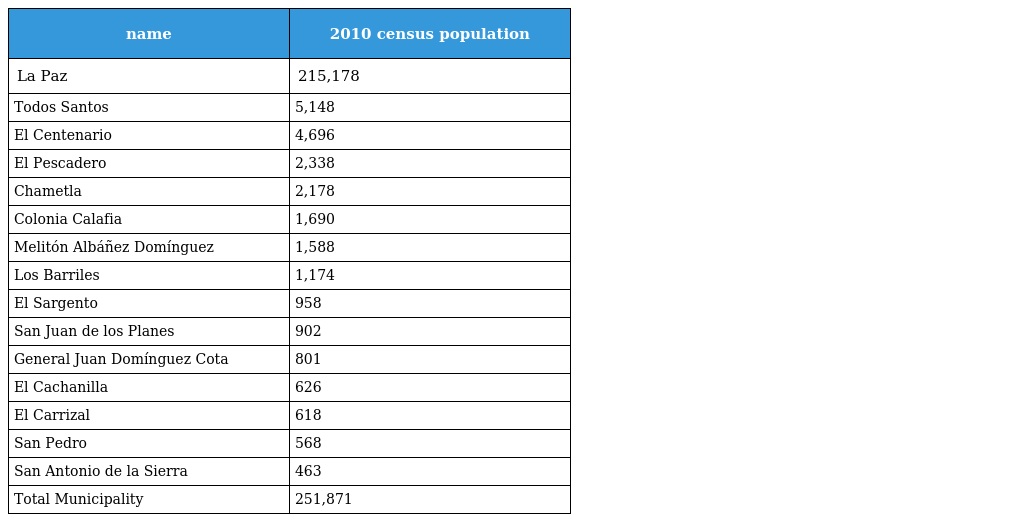
| name | 2010 census population |
 | --- | --- |
 | La Paz | 215,178 |
 | Todos Santos | 5,148 |
 | El Centenario | 4,696 |
 | El Pescadero | 2,338 |
 | Chametla | 2,178 |
 | Colonia Calafia | 1,690 |
 | Melitón Albáñez Domínguez | 1,588 |
 | Los Barriles | 1,174 |
 | El Sargento | 958 |
 | San Juan de los Planes | 902 |
 | General Juan Domínguez Cota | 801 |
 | El Cachanilla | 626 |
 | El Carrizal | 618 |
 | San Pedro | 568 |
 | San Antonio de la Sierra | 463 |
 | Total Municipality | 251,871 |